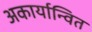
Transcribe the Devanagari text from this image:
अकार्यान्वित